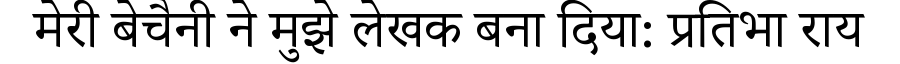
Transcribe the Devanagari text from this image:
मेरी बेचैनी ने मुझे लेखक बना दिया: प्रतिभा राय